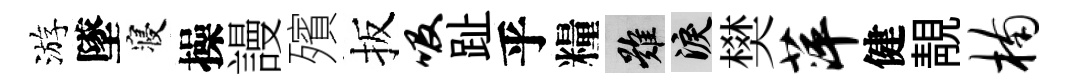
游墜寝操謾殯扳吸趾乎糧難泪樊萍健靚楠